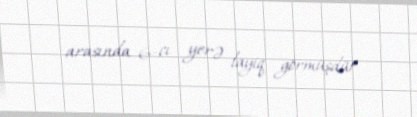
arasında 6-cı yerə layiq görmüşdür.